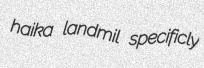
haika landmil specificly